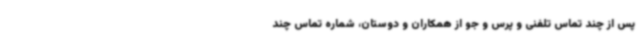
پس از چند تماس تلفنی و پرس و جو از همکاران و دوستان، شماره تماس چند